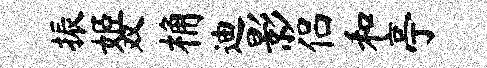
振姬双桷迪影侣和亭